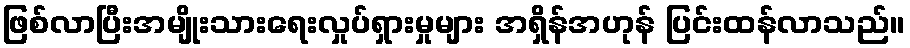
ဖြစ်လာပြီးအမျိုးသားရေးလှုပ်ရှားမှုများ အရှိန်အဟုန် ပြင်းထန်လာသည်။